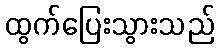
ထွက်ပြေးသွားသည်